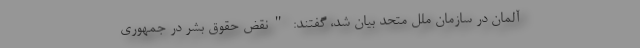
آلمان در سازمان ملل متحد بیان شد، گفتند: "نقض حقوق بشر در جمهوری